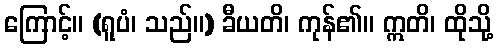
ကြောင့်။ (ရူပံ၊ သည်။) ခီယတိ၊ ကုန်၏။ ဣတိ၊ ထိုသို့